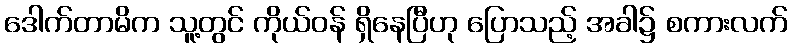
ဒေါက်တာမိက သူ့တွင် ကိုယ်ဝန် ရှိနေပြီဟု ပြောသည့် အခါ၌ စကားလက်